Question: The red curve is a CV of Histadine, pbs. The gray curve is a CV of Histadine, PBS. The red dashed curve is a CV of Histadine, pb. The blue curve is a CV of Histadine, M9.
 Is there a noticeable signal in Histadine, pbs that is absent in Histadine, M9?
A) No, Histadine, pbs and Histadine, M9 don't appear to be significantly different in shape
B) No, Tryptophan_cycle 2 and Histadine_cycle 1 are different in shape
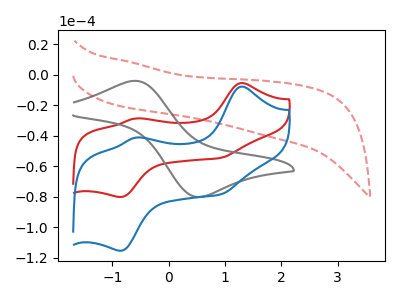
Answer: <think>The red curve "Histadine, pbs" has anodic peaks at (1.30V, -5.35uA) (-0.60V, -28.60uA) and cathodic peaks at (0.90V, -54.55uA) (-0.85V, -80.20uA). The gray curve "Histadine, PBS" has an anodic peak at (-0.60V, -3.90uA) and a cathodic peak at (0.55V, -80.15uA). The red dashed curve "Histadine, pb" has no peaks. The blue curve "Histadine, M9" has anodic peaks at (1.30V, -7.65uA) (-0.60V, -41.15uA) and cathodic peaks at (0.90V, -78.60uA) (-0.85V, -115.45uA).
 All the peaks in "Histadine, pbs" have a peak in "Histadine, M9" at the same potential.</think>
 <answer>A) No, "Histadine, pbs" and "Histadine, M9" don't appear to be significantly different in shape</answer>
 <eval>A</eval>